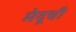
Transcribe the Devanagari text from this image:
मेदूची